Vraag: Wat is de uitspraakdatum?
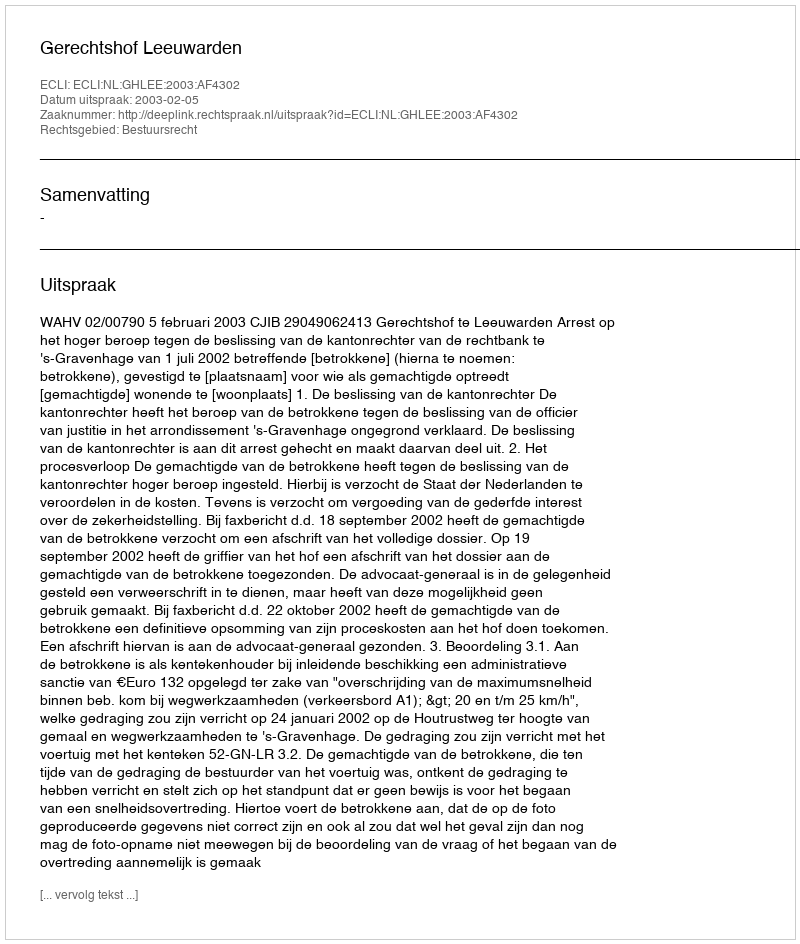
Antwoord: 2003-02-05